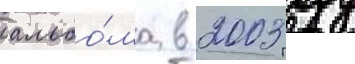
альбо́ма в 2003 году